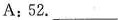
A: 52.___